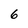
Character: 6